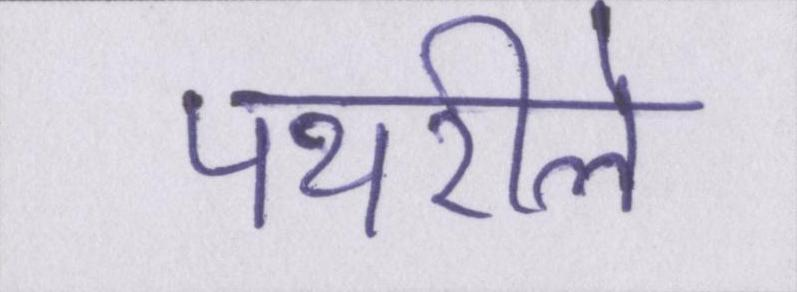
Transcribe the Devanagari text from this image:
पथरीले